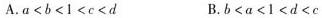
A.a<b<1<c<d B.b<α<1<d<c